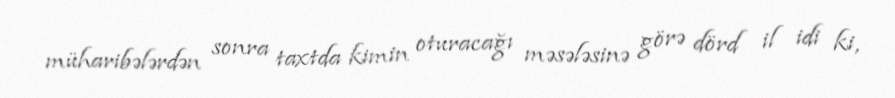
müharibələrdən sonra taxtda kimin oturacağı məsələsinə görə dörd il idi ki,